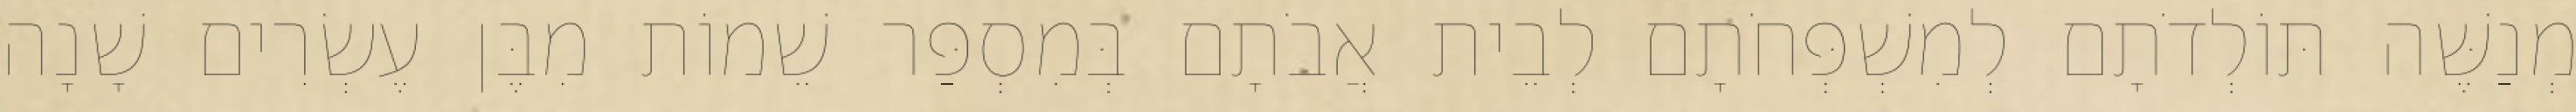
מְנַשֶּׁה תּוֹלְדֹתָם לְמִשְׁפְּחֹתָם לְבֵית אֲבֹתָם בְּמִסְפַּר שֵׁמוֹת מִבֶּן עֶשְׂרִים שָׁנָה